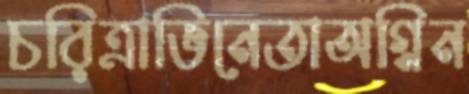
চরিত্রাভিনেতাঅগ্নিন